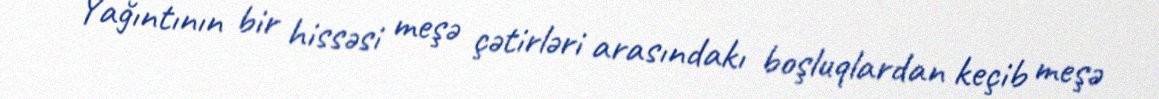
Yağıntının bir hissəsi meşə çətirləri arasındakı boşluqlardan keçib meşə